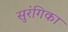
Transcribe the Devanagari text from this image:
सुरंगिका